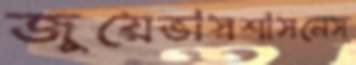
জুয়েভাস্বশাসনেস